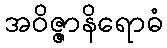
အဝိဇ္ဇာနိရောဓံ